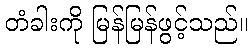
တံခါးကို မြန်မြန်ဖွင့်သည်။